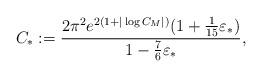
LaTeX: \begin{align*}C_{*}:= \frac{2\pi^{2}e^{2(1+|\log C_{M}|)}(1+\frac{1}{15}\varepsilon_{*})}{1-\frac{7}{6}\varepsilon_{*}}, \end{align*}